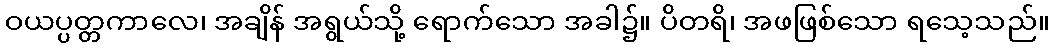
ဝယပ္ပတ္တကာလေ၊ အချိန် အရွယ်သို့ ရောက်သော အခါ၌။ ပိတရိ၊ အဖဖြစ်သော ရသေ့သည်။